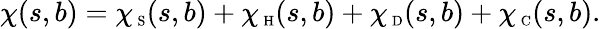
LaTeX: \chi(s,b)=\chi_{\mathrm{\scriptsize~S}}(s,b)+\chi_{\mathrm{\scriptsize~H}}(s,b)+\chi_{\mathrm{\scriptsize~D}}(s,b)+\chi_{\mathrm{\scriptsize~C}}(s,b).